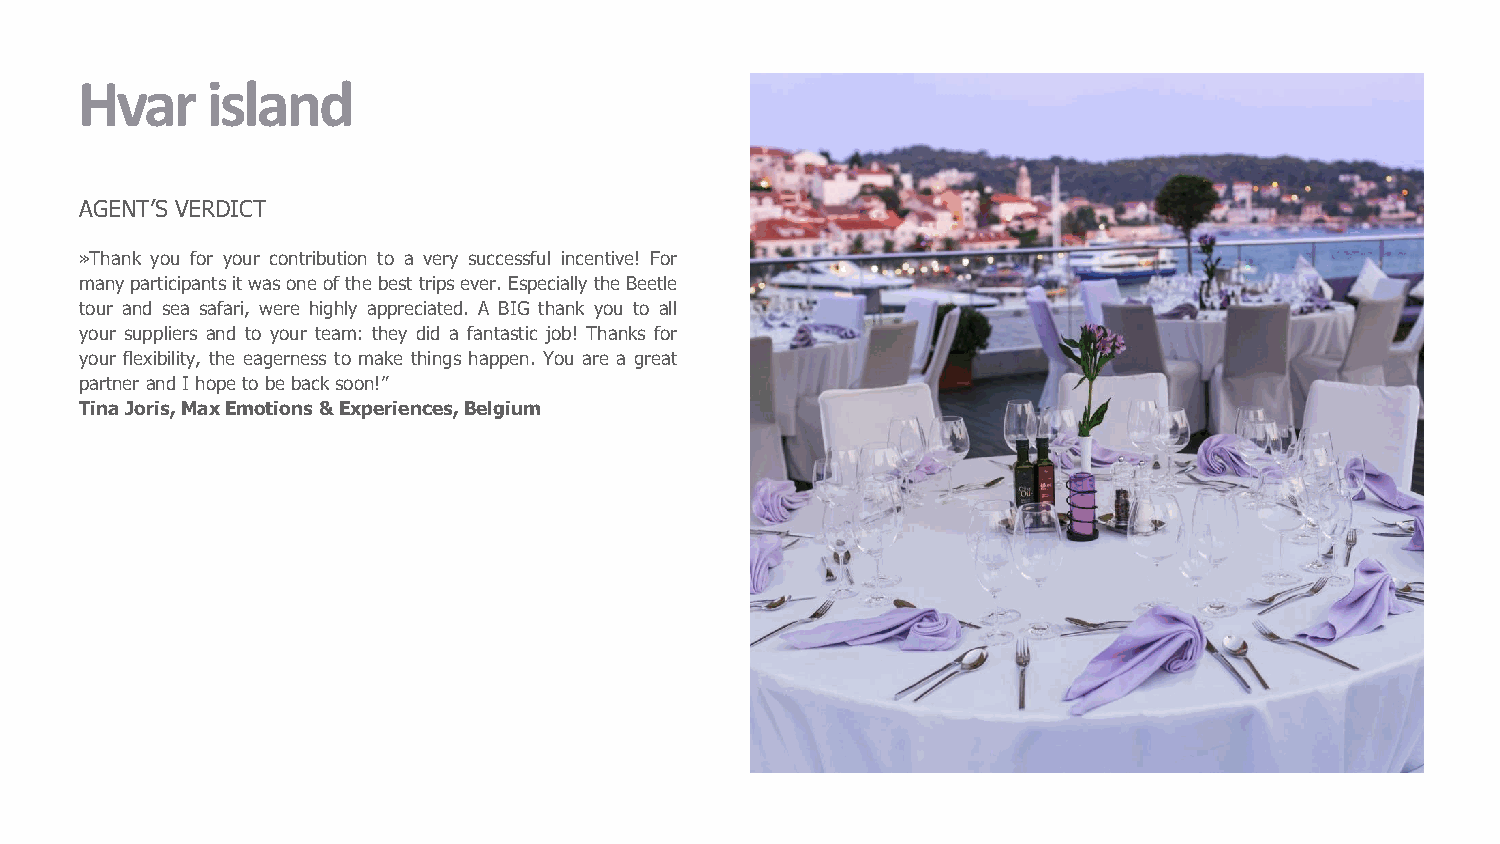
Hvar     island
 AGENT’S VERDICT
 »Thank you for your contribution to a very successful incentive! For
 manyparticipantsitwasoneofthebesttripsever.EspeciallytheBeetle
 tour and sea safari, were highly appreciated. A BIG thank you to all
 your suppliers and to your team: they did a fantastic job! Thanks for
 your flexibility, the eagerness to make things happen. You are a great
 partner andI hopetobebacksoon!”
 TinaJoris,MaxEmotions&Experiences,Belgium